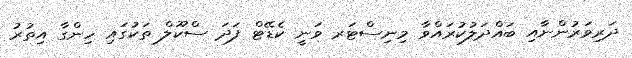
ދަރިވަރުންނާއި ބައްދަލުކުރައްވާ މިނިސްޓަރ ވަނީ ކެޑޭޓް ފަދަ ސްކޫލް ތަކުގައި ހިންގާ އިތުރު